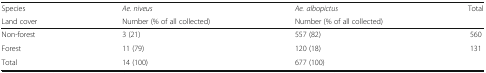
<table><thead><tr><td><b>Species</b></td><td><b><i>Ae. niveus</i></b></td><td><b><i>Ae. albopictus</i></b></td><td><b>Total</b></td></tr><tr><td><b>Land cover</b></td><td><b>Number (% of all collected)</b></td><td><b>Number (% of all collected)</b></td><td></td></tr></thead><tbody><tr><td>Non-forest</td><td>3 (21)</td><td>557 (82)</td><td>560</td></tr><tr><td>Forest</td><td>11 (79)</td><td>120 (18)</td><td>131</td></tr><tr><td>Total</td><td>14 (100)</td><td>677 (100)</td><td></td></tr></tbody></table>